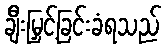
ချီးမြှင့်ခြင်းခံရသည်